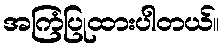
အကြံပြုထားပါတယ်။